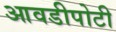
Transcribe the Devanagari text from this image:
आवडीपोटी